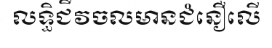
លទ្ធិជីវចលមានជំនឿលើ